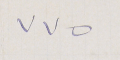
٧٧٥